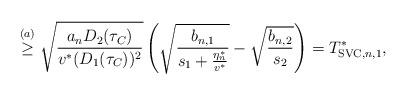
LaTeX: \begin{align*}&\stackrel{(a)}{\geq} \sqrt{\frac{a_{n}D_2(\tau_C)}{v^*(D_1(\tau_C))^2}}\left(\sqrt{\frac{b_{n,1}}{s_1+\frac{\eta_n^*}{v^*}}}-\sqrt{\frac{b_{n,{2}}}{s_{2}}}\right) =T_{{\rm SVC},n,1}^*,\end{align*}